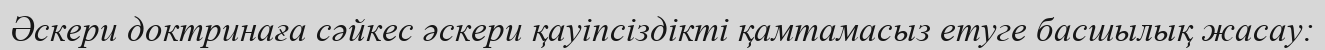
Әскери доктринаға сәйкес әскери қауіпсіздікті қамтамасыз етуге басшылық жасау: